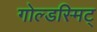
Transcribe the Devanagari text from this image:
गोल्डस्मिट्